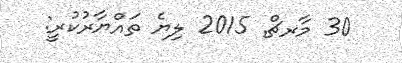
30 މާރޗް